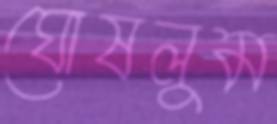
ঘোষলুম